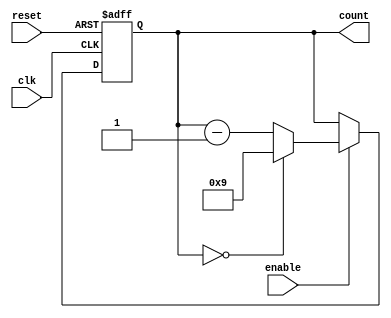
module BCD_Down_Counter (
    input wire clk,
    input wire reset,
    input wire enable,
    output reg [3:0] count
);

reg [3:0] next_count;

always @ (posedge clk or posedge reset) begin
    if (reset) begin
        count <= 4'b1001;
    end
    else if (enable) begin
        count <= next_count;
    end
end

always @ (*) begin
    if (count == 4'b0000) begin
        next_count <= 4'b1001;
    end
    else begin
        next_count <= count - 1;
    end
end

endmodule